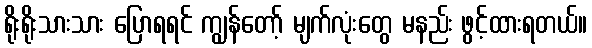
ရိုးရိုးသားသား ပြောရရင် ကျွန်တော့် မျက်လုံးတွေ မနည်း ဖွင့်ထားရတယ်။